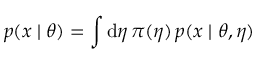
p ( x \mid \theta ) = \int \mathrm d \eta \, \pi ( \eta ) \, p ( x \mid \theta , \eta )